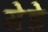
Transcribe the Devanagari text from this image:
गेडे